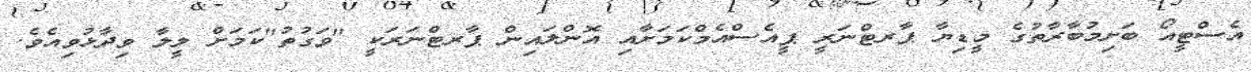
އެސްޓީއޯ ބަށިމުބާރާތުގެ މީޑިޔާ ޕާރޓްނަރީ ޕީއެސްއެމްކަމަށާއި އޮންލައިން ޕާރޓްނަރަކީ "ވަގުތު"ކަމަށް ލީލާ ވިދާޅުވިއެވެ.